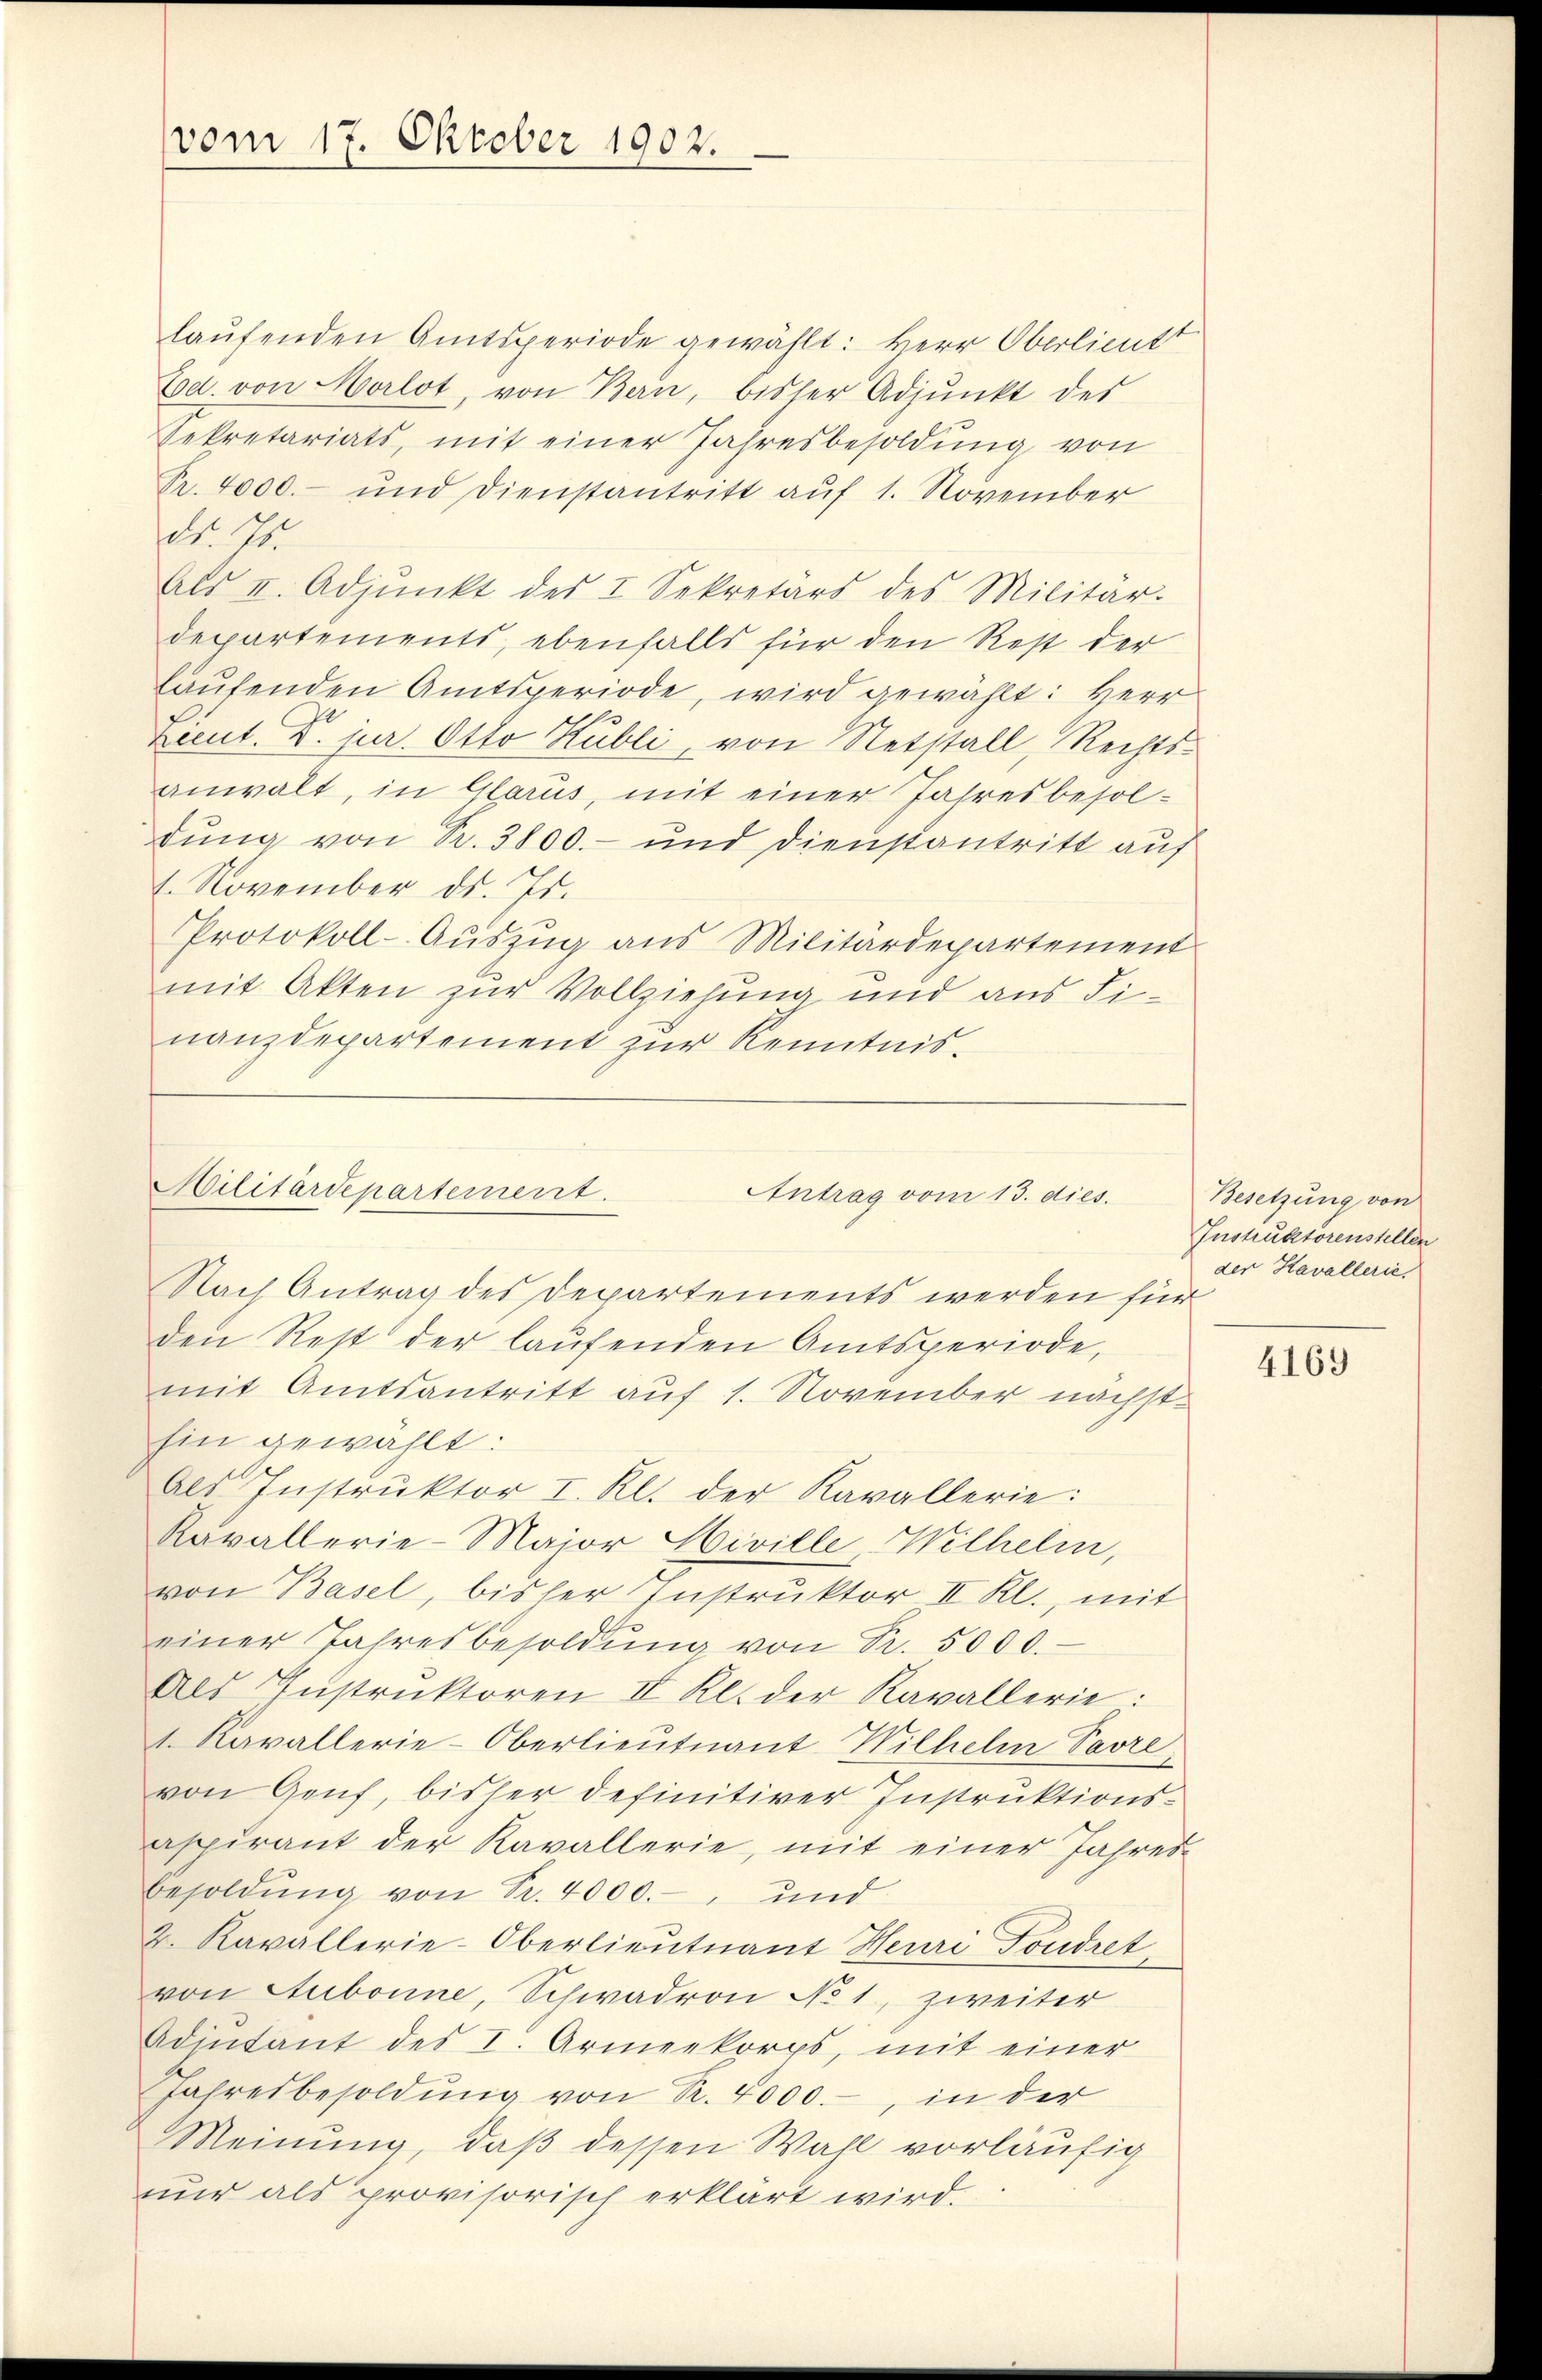
vom 17. Oktober 1902.

laŭfenden Amtsperiode gewählt: Herr Oberlieutt
Ed. von Morlot von Bern, bisser Adjunkt des
Sekretariats, mit einer Jahresbesoldung von
Pr. 4000.- und Dienstantritt auf 1. November
dr. 75.
Als I. Adjunkt des I. Sekretärs des Militär-
departements, ebenfalls für den Rest der
laŭfenden Amtsperiode, wird gewählt: Herr
Lieut. D. jur. Otto Hubli, von Netstall, Rechtsanwalt, in Glarus, mit einer Jahresbesoldung von Sr. 3800.- und Dienstantritt auf
1. November ds. Js.
Protokoll-Auszug aus Militärdepartement
mit Akten zur Vollziehung und aus Finanzdepartement zur Kenntnis¬

Militärdepartement.
Antrag vom 13. dies.

Nach Antrag des Departements werden für
den Rest der laŭfenden Amtsperiode,
mit Amtsantritt auf 1. November nächsthin gewählt:
Als Instruktor I. Kl. der Kavallerie:
Kavallerie-Major Hiville Wilhelm,
von Basel, bisher Instruktor II Kl., mit
einer Jahresbesoldŭng von Sr. 5000.
Als Instruktoren IV Kl. der Kavallerie:
1. Kavallerie-Oberlieutnant Wilhelm Carl,
von Genf, bisher definitiver Instruktionsaspirant der Kavallerie, mit einer Jahres-
besoldŭng von Sr. 4000.-, und
2. Kavallerie-Oberlieutnant Heuri Fondret
von Stubonne, Schwadron No 1, zweiter
Adintant des I. Armeekorps, mit einer
Jahresbesoldŭng von R. 4000.-, in der
Meinung, daß dessen Wahl vorläufig
nur als provisorisch erklärt wird.

Besetzung von
Instruktorenstellen
der Kavallerie,

4169